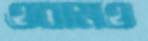
ওবামও